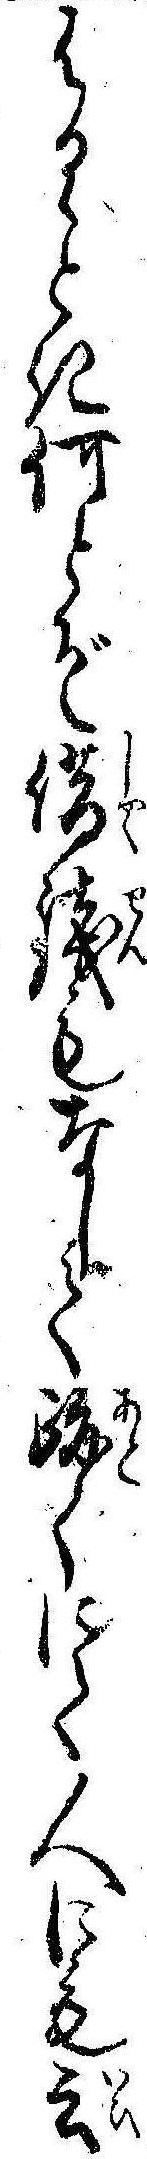
はるゝとき何とぞ借銀もなして跡〱にて人にも云